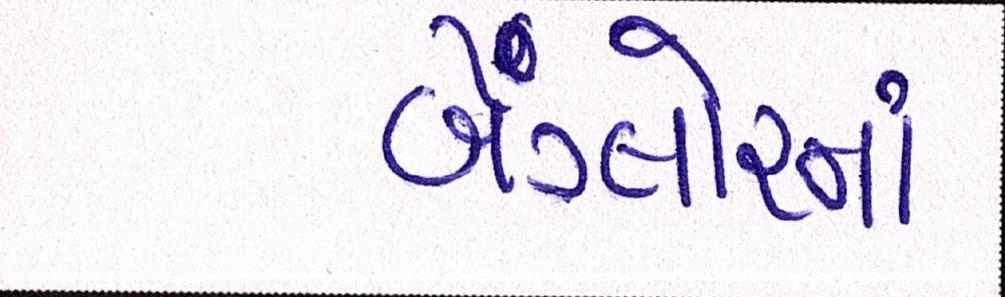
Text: બેંગ્લોરનાં